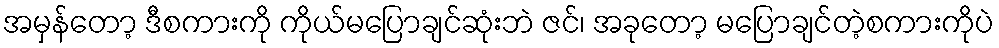
အမှန်တော့ ဒီစကားကို ကိုယ်မပြောချင်ဆုံးဘဲ ဇင်၊ အခုတော့ မပြောချင်တဲ့စကားကိုပဲ